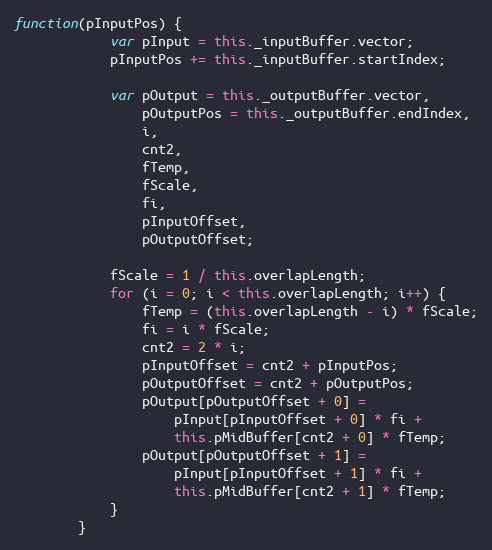
Language: JavaScript
function(pInputPos) {
            var pInput = this._inputBuffer.vector;
            pInputPos += this._inputBuffer.startIndex;

            var pOutput = this._outputBuffer.vector,
                pOutputPos = this._outputBuffer.endIndex,
                i,
                cnt2,
                fTemp,
                fScale,
                fi,
                pInputOffset,
                pOutputOffset;

            fScale = 1 / this.overlapLength;
            for (i = 0; i < this.overlapLength; i++) {
                fTemp = (this.overlapLength - i) * fScale;
                fi = i * fScale;
                cnt2 = 2 * i;
                pInputOffset = cnt2 + pInputPos;
                pOutputOffset = cnt2 + pOutputPos;
                pOutput[pOutputOffset + 0] =
                    pInput[pInputOffset + 0] * fi +
                    this.pMidBuffer[cnt2 + 0] * fTemp;
                pOutput[pOutputOffset + 1] =
                    pInput[pInputOffset + 1] * fi +
                    this.pMidBuffer[cnt2 + 1] * fTemp;
            }
        }